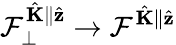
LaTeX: \mathcal{F}_{\perp}^{\hat{\mathbf{K}}\parallel\hat{\mathbf{z}}}\to\mathcal{F}^{\hat{\mathbf{K}}\parallel\hat{\mathbf{z}}}